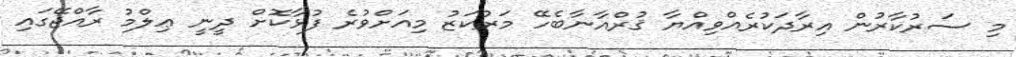
މި ސަރުކާރުން އިރާދަކުރެއްވިއްޔާ ޤުރްއާނާބެހޭ މަރުކަޒު މިއަށްވުރެ ފުޅާކޮށް ދީނީ ޢިލްމު ރާއްޖޭގައި